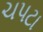
ચપટા